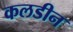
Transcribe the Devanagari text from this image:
कलडीन